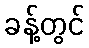
ခန့်တွင်